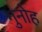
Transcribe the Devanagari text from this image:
गुनोह